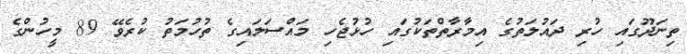
ތިނަދޫގައި ހުރި ދައުލަތުގެ އިމާރާތްތަކުގައި ހުޅުޖެހި މައްސަލައިގެ ތުހުމަތު ކުރެވޭ 89 މީހުންގެ